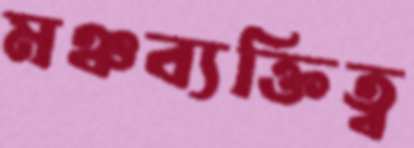
মঞ্চব্যক্তিত্ব